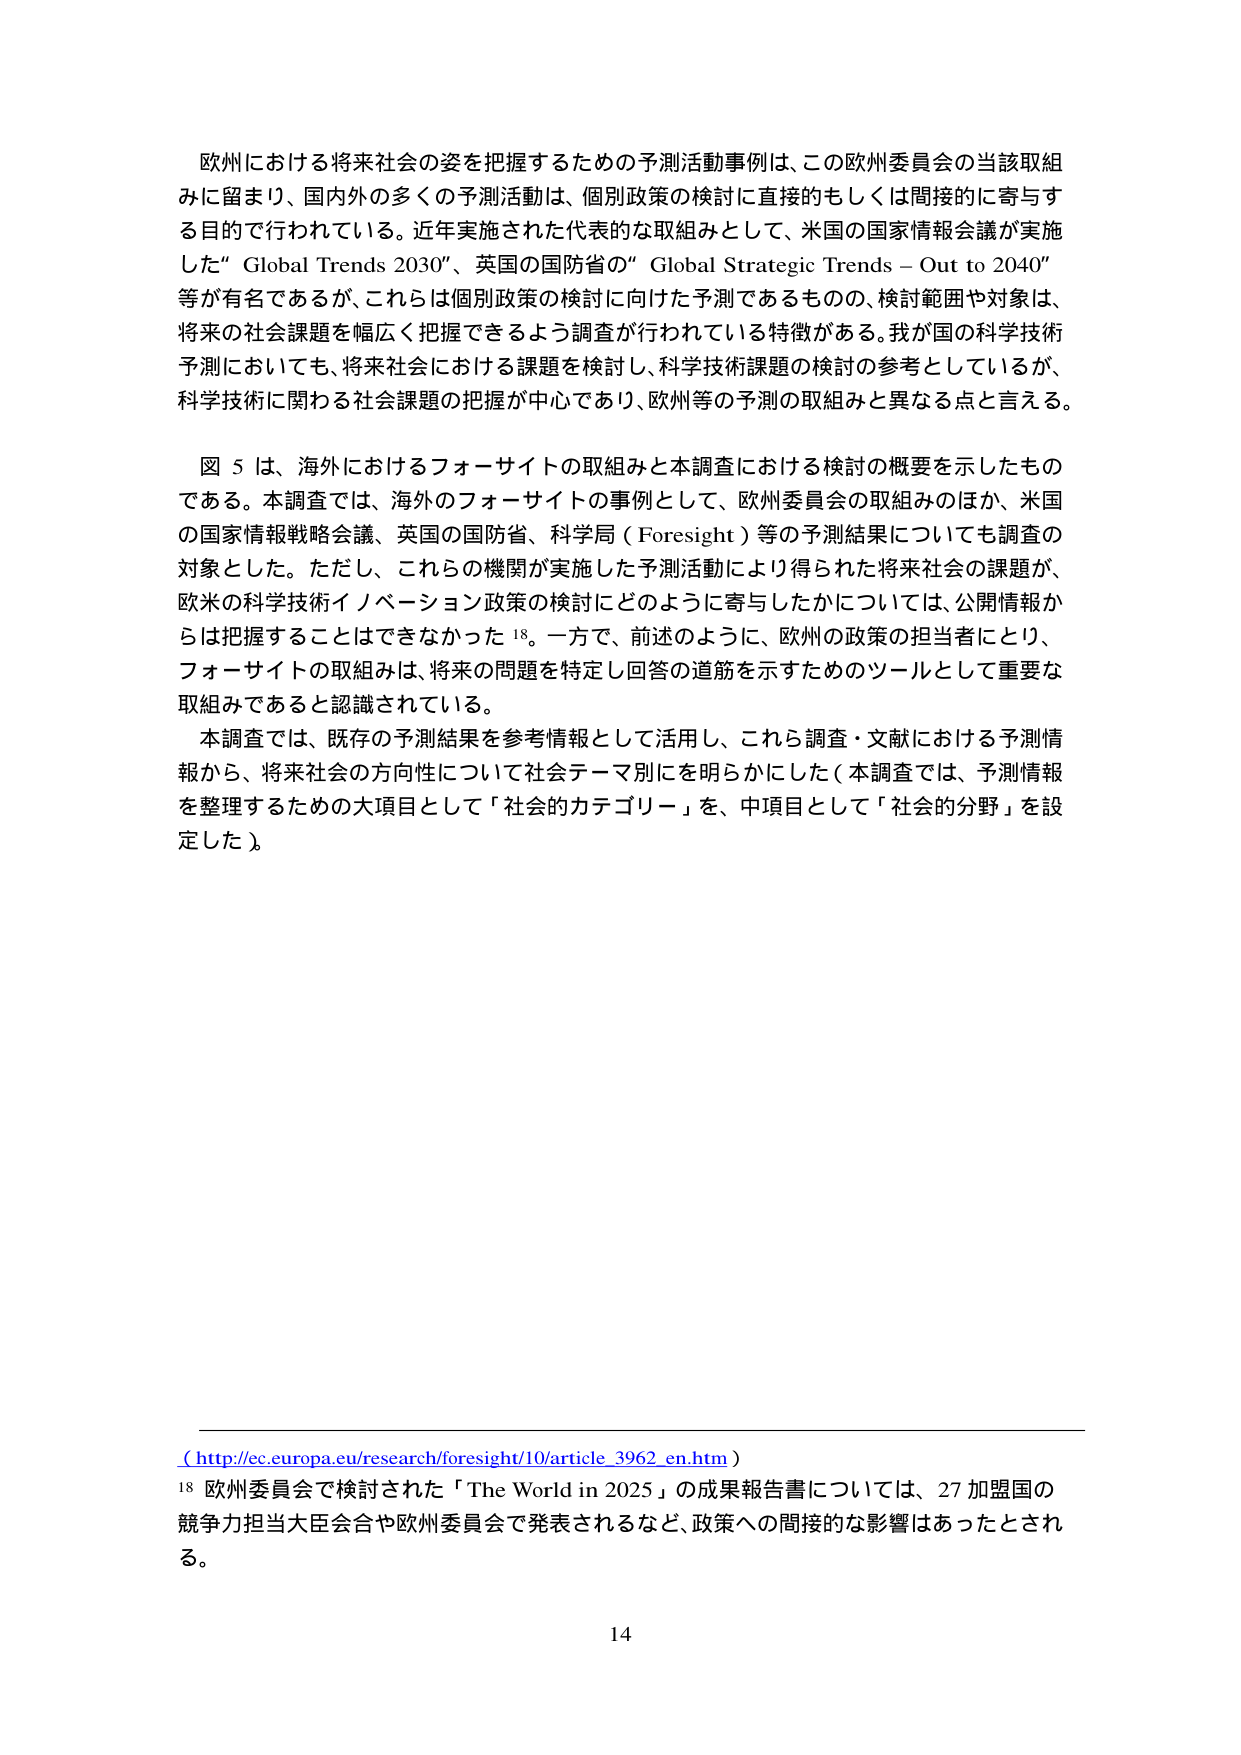
欧州における将来社会の姿を把握するための予測活動事例は、この欧州委員会の当該取組みに留まり、国内外の多くの予測活動は、個別政策の検討に直接的もしくは間接的に寄与する目的で行われている。近年実施された代表的な取組みとして、米国の国家情報会議が実施した“ Global Trends 2030”、英国の国防省の“ Global Strategic Trends – Out to 2040”等が有名であるが、これらは個別政策の検討に向けた予測であるものの、検討範囲や対象は、将来の社会課題を幅広く把握できるよう調査が行われている特徴がある。我が国の科学技術予測においても、将来社会における課題を検討し、科学技術課題の検討の参考としているが、科学技術に関わる社会課題の把握が中心であり、欧州等の予測の取組みと異なる点と言える。

図 5 は、海外におけるフォーサイトの取組みと本調査における検討の概要を示したものである。本調査では、海外のフォーサイトの事例として、欧州委員会の取組みのほか、米国の国家情報戦略会議、英国の国防省、科学局（Foresight）等の予測結果についても調査の対象とした。ただし、これらの機関が実施した予測活動により得られた将来社会の課題が、欧米の科学技術イノベーション政策の検討にどのように寄与したかについては、公開情報からは把握することはできなかった¹⁸。一方で、前述のように、欧州の政策の担当者にとり、フォーサイトの取組みは、将来の問題を特定し回答の道筋を示すためのツールとして重要な取組みであると認識されている。

本調査では、既存の予測結果を参考情報として活用し、これら調査・文献における予測情報から、将来社会の方向性について社会テーマ別にを明らかにした（本調査では、予測情報を整理するための大項目として「社会的カテゴリー」を、中項目として「社会的分野」を設定した）。

（http://ec.europa.eu/research/foresight/10/article_3962_en.htm）

¹⁸ 欧州委員会で検討された「The World in 2025」の成果報告書については、27加盟国の競争力担当大臣会合や欧州委員会で発表されるなど、政策への間接的な影響はあったとされる。

14